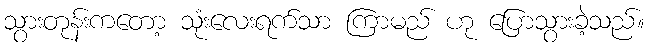
သွားတုန်းကတော့ သုံးလေးရက်သာ ကြာမည် ဟု ပြောသွားခဲ့သည်။